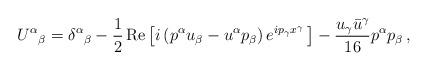
LaTeX: \begin{align*}U^\alpha{}_\beta=\delta^\alpha{}_\beta-\frac12\operatorname{Re}\left[i\left(p^\alpha u_\beta-u^\alpha p_\beta\right)e^{ip_\gamma x^\gamma}\,\right]-\frac{u_\gamma\bar u^\gamma}{16}p^\alpha p_\beta\,,\end{align*}